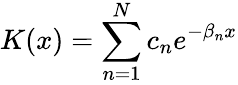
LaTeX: K(x)=\sum_{n=1}^{N}c_{n}e^{-\beta_{n}x}